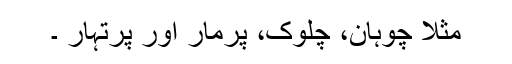
مثلا چوہان، چلوک، پرمار اور پرتہار ۔